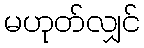
မဟုတ်လျှင်